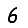
Digit: 6